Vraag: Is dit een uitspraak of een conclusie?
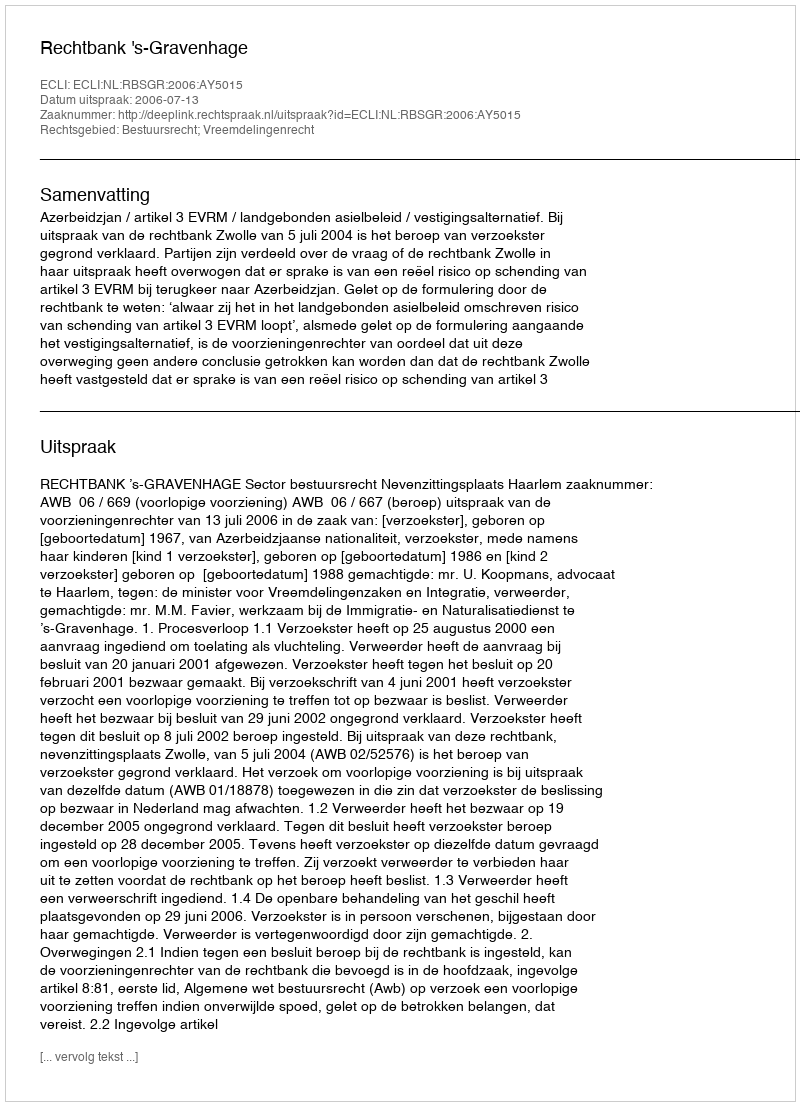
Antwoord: Uitspraak